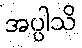
အပ္ပါသိ